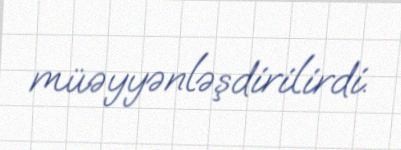
müəyyənləşdirilirdi.